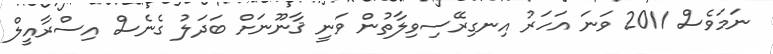
ނަމަވެސް 2011 ވަނަ އަހަރު އިނގިރޭސިވިލާތުން ވަނީ ޤާނޫނަށް ބަދަލު ގެނެސް އިސްރާއީލް